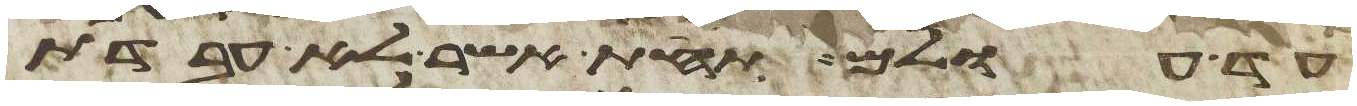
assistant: עד עולם תחת אשר לא עבדת